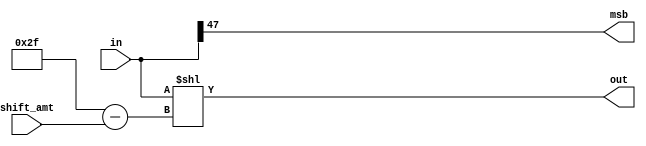
`timescale 1ns / 1ps
//////////////////////////////////////////////////////////////////////////////////
// Company: 
// Engineer: 
// 
// Design Name: 
// Module Name: normalize
// Project Name: 
// Target Devices: 
// Tool Versions: 
// Description: 
// 
// Dependencies: 
// 
// Revision:
// Revision 0.01 - File Created
// Additional Comments:
// 
//////////////////////////////////////////////////////////////////////////////////


module normalize(in,shift_amt,out,msb);
input [47:0]in;
input [7:0]shift_amt;
output reg [47:0]out;
output reg msb;
reg [7:0]act_shift,shift_comp,sum;
reg cy;
always@(shift_amt or in)
begin
act_shift=8'd47-shift_amt;
out=in << act_shift;
msb=in[47];
end
endmodule